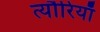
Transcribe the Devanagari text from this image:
त्यौरियाँ